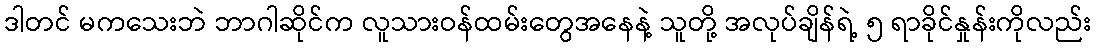
ဒါတင် မကသေးဘဲ ဘာဂါဆိုင်က လူသားဝန်ထမ်းတွေအနေနဲ့ သူတို့ အလုပ်ချိန်ရဲ့ ၅ ရာခိုင်နှုန်းကိုလည်း